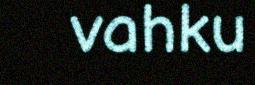
vahku